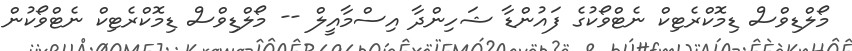
މޯލްޑިވްސް ޑިމޮކްރެޓިކް ނެޓްވޯކުގެ ފައުންޑާ ޝަހިންދާ އިސްމާއީލް -- މޯލްޑިވްސް ޑިމޮކްރެޓިކް ނެޓްވޯކުން